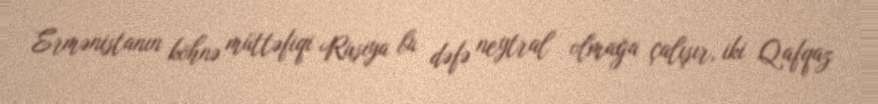
Ermənistanın köhnə müttəfiqi Rusiya bu dəfə neytral olmağa çalışır, iki Qafqaz